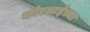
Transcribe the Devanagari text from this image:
कोरलाईच्या